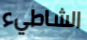
الشاطيء